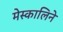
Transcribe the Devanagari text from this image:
मेस्कालिने